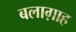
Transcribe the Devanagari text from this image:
बलाग़ाह